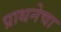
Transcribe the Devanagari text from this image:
प्राथनेचा